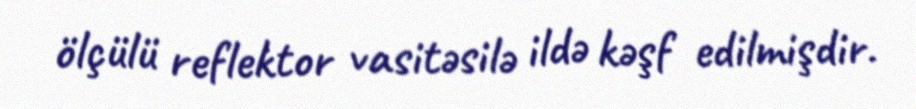
ölçülü reflektor vasitəsilə ildə kəşf edilmişdir.